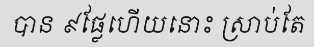
បាន ៩ផ្លែហើយនោះ ស្រាប់តែ